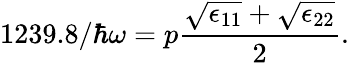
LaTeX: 1239.8/\hbar\omega=p\frac{\sqrt{\epsilon_{11}}+\sqrt{\epsilon_{22}}}{2}.